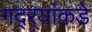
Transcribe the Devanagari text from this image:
गद्र्‍यांकडे